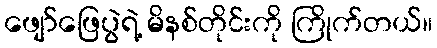
ဖျော်ဖြေပွဲရဲ့ မိနစ်တိုင်းကို ကြိုက်တယ်။